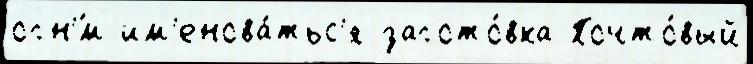
огн'́м им'енова́тьс'я загото́вка Почто́вый